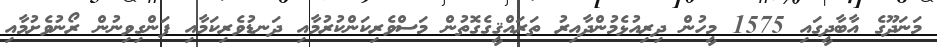
މަނަދޫގެ އާބާދީގައި 1575 މީހުން ދިރިއުޅެމުންދާއިރު ތަރައްޤީގެގޮތުން މަސްވެރިކަންކުރުމާއި ދަނޑުވެރިކަމާއި ފަންގިވިނުން ރޯނުވެށުމާއި